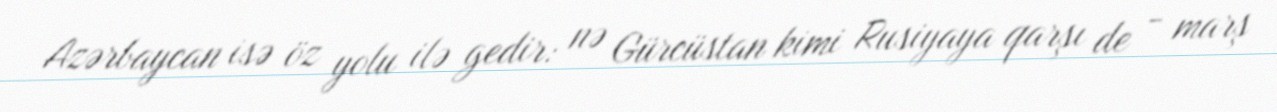
Azərbaycan isə öz yolu ilə gedir: nə Gürcüstan kimi Rusiyaya qarşı de - marş